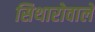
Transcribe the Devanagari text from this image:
सिथारोवाले